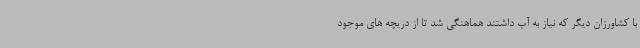
با کشاورزان دیگر که نیاز به آب داشتند هماهنگی شد تا از دریچه های موجود